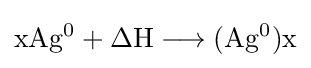
\mathrm {xAg^{0}+\Delta H\longrightarrow (Ag^{0})x}